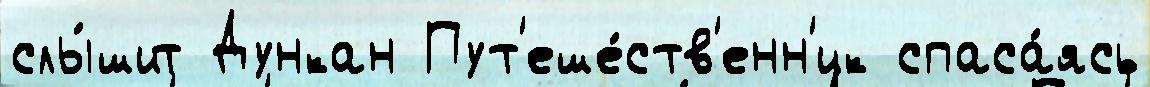
слы́шит Дункан Пут'еше́ств'енн'ик спаса́ясь